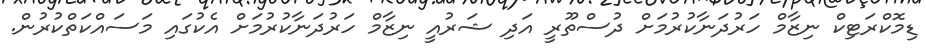
ޑިމޮކްރަޓިކް ނިޒާމް ހަރުދަނާކުރުމަށް ދުސްތޫރީ އަދި ޝަރުއީ ނިޒާމް ހަރުދަނާކުރުމަށް އެކުގައި މަސައްކަތްކުރުން.